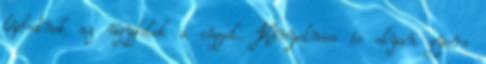
léphetnek az ügyfelek a céggel. Kényelmes és olyan gyors